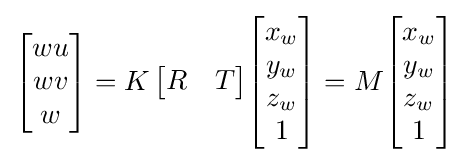
{\begin{bmatrix}wu\\wv\\w\end{bmatrix}}=K\,{\begin{bmatrix}R&T\end{bmatrix}}{\begin{bmatrix}x_{w}\\y_{w}\\z_{w}\\1\end{bmatrix}}=M{\begin{bmatrix}x_{w}\\y_{w}\\z_{w}\\1\end{bmatrix}}